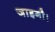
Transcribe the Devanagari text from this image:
जाइगौ।